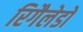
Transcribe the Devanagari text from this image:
रिगैलेडो